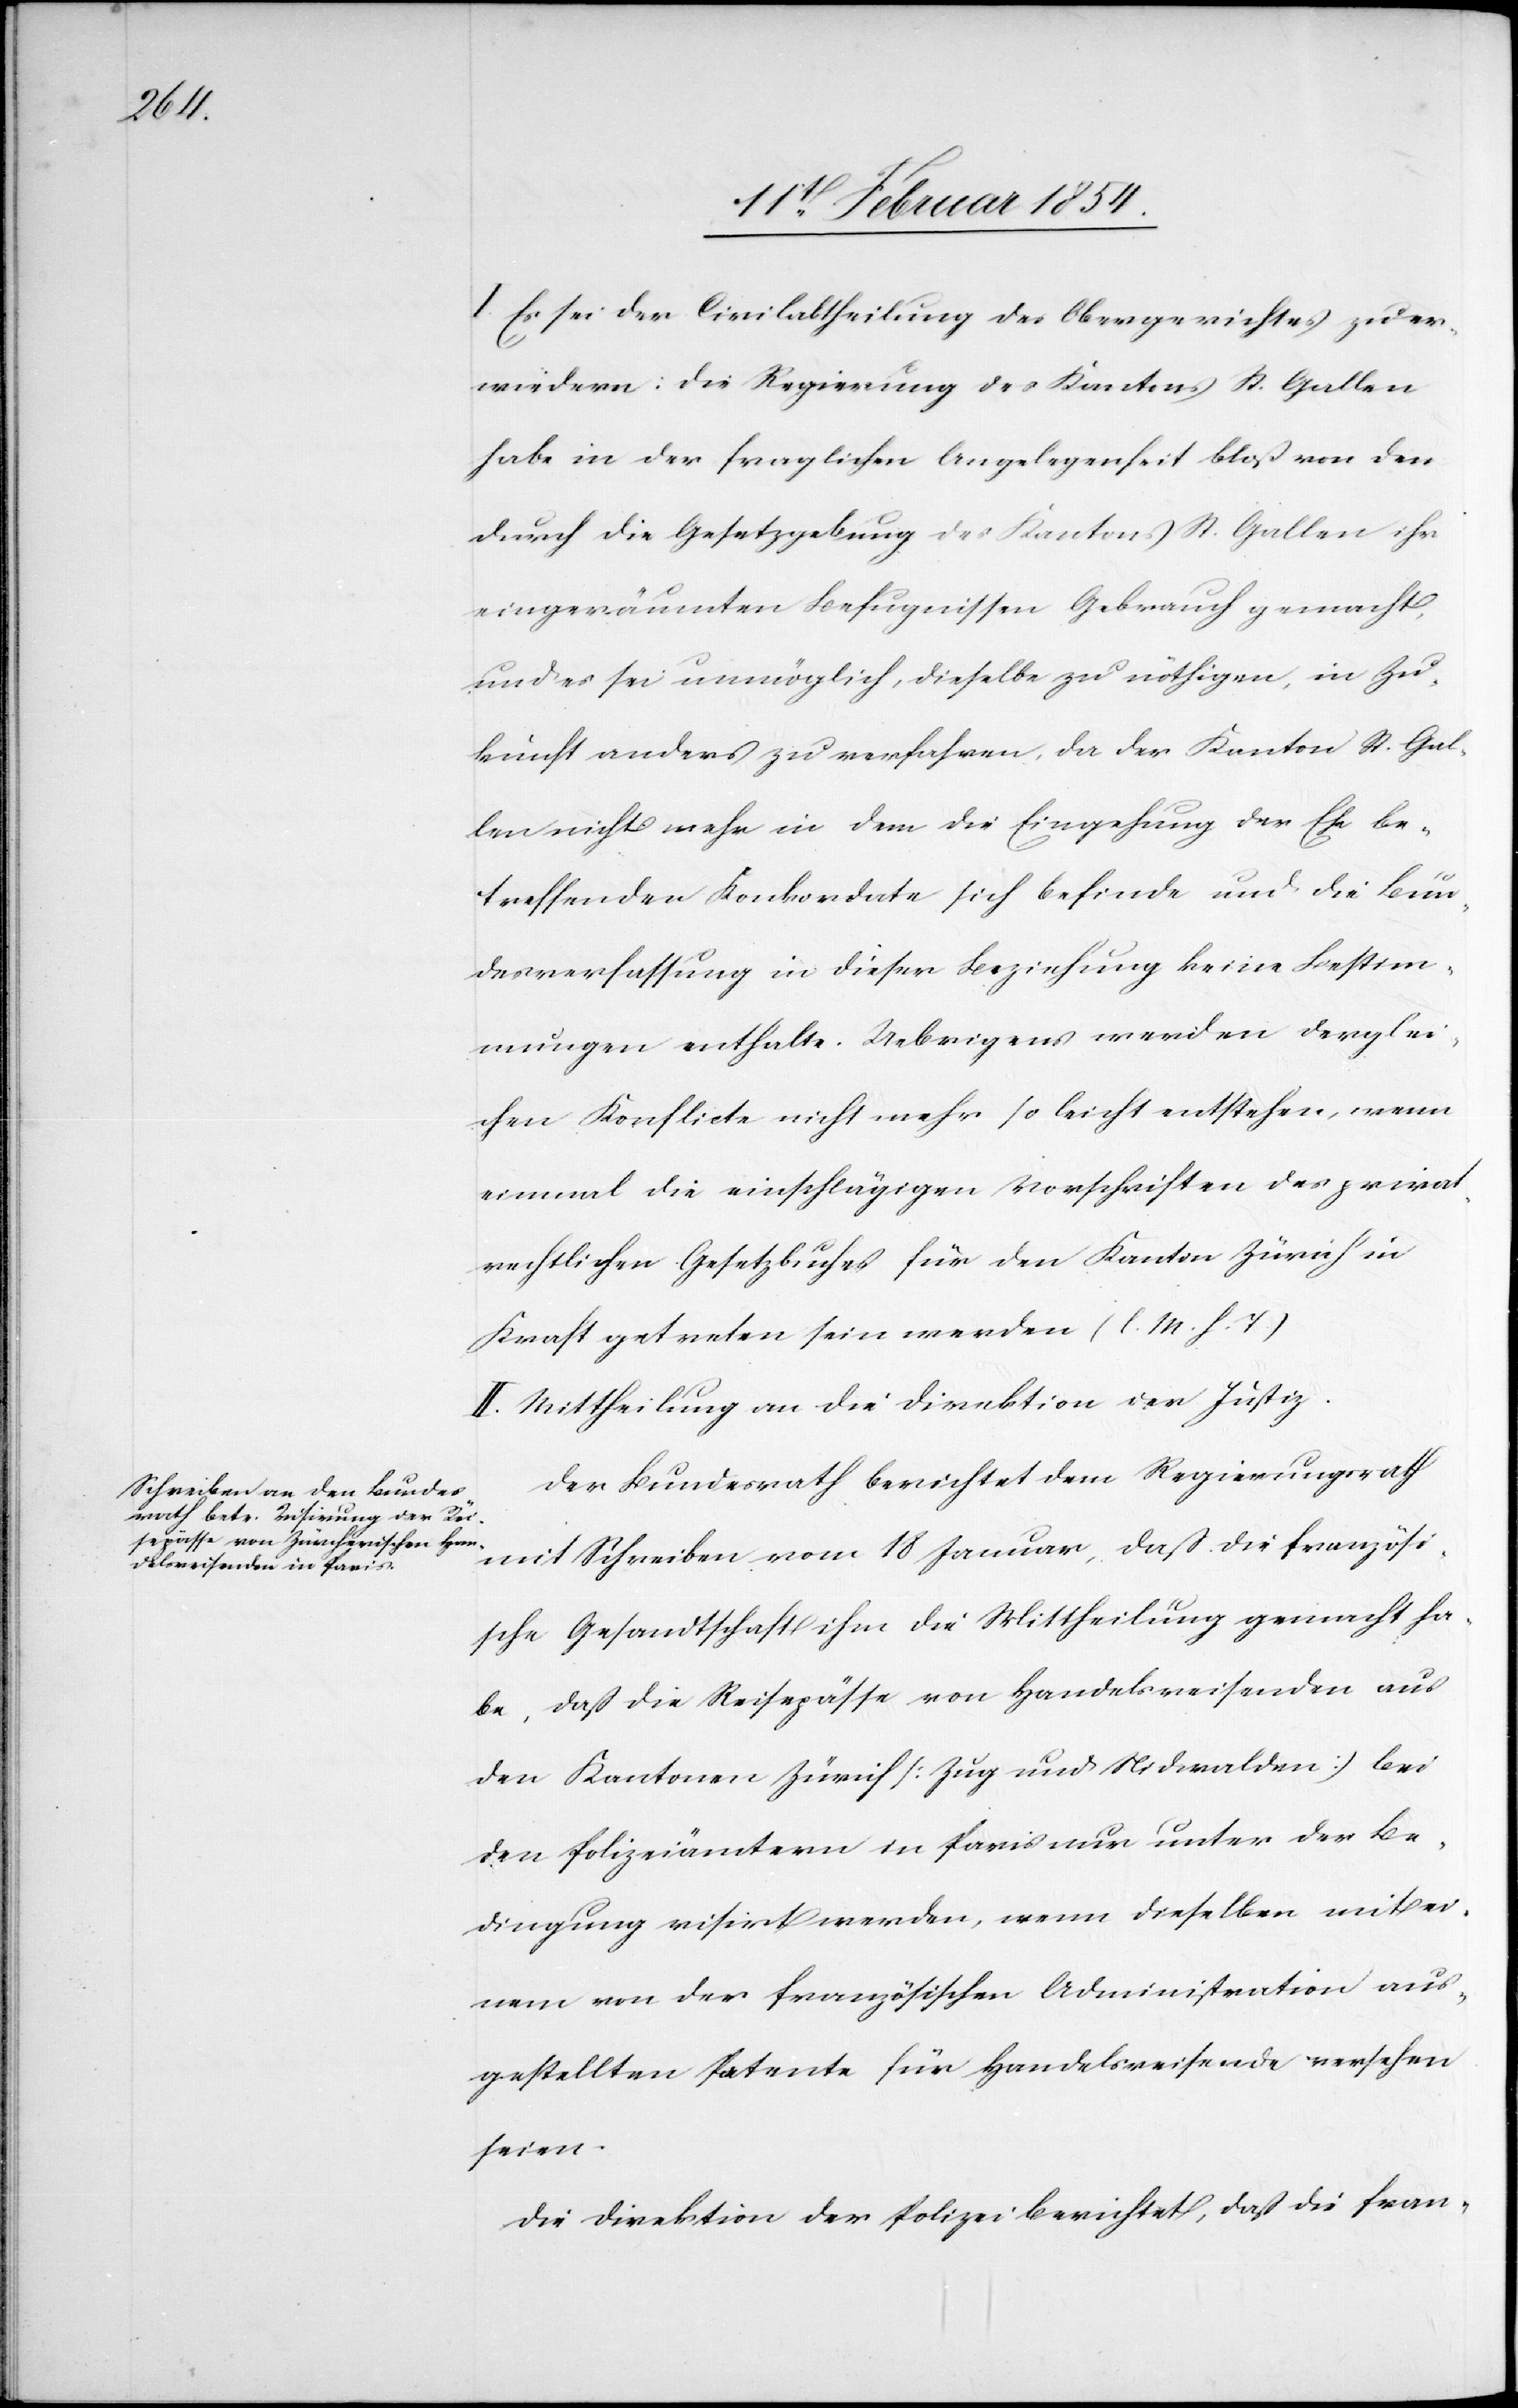
I. Es sei der Civilabtheilung des Obergerichtes zu er¬
wiedern: Die Regierung des Kantons St. Gallen
habe in der fraglichen Angelegenheit bloß von den
durch die Gesetzgebung des Kantons St. Gallen ihr
eingeräumten Befugnissen Gebrauch gemacht,
und es sei unmöglich, dieselbe zu nöthigen, in Zu¬
kunft anders zu verfahren, da der Kanton St. Gal¬
len nicht mehr in dem die Eingehung der Ehe be¬
treffenden Konkordate sich befinde und die Bun¬
desverfassung in dieser Beziehung keine Bestim¬
mungen enthalte. Uebrigens werden derglei¬
chen Konflicte nicht mehr so leicht entstehen, wenn
einmal die einschlägigen Vorschriften des privat¬
rechtlichen Gesetzbuches für den Kantons Zürich in
Kraft getreten sein werden (l. M. h. T.)
II. Mittheilung an die Direktion der Justiz.
Der Bundesrath berichtet dem Regierungsrath
mit Schreiben vom 18 Januar, daß die französi¬
sche Gesandtschaft ihm die Mittheilung gemacht ha¬
be, daß die Reisepässe von Handelsreisenden aus
den Kantonen Zürich (Zug und Nidwalden) bei
den Polizeiämtern in Paris nur unter der Be¬
dingung visirt werden, wenn dieselben mit ei¬
nem von der französischen Administration aus¬
gestellten Patente für Handelsreisende versehen
seien.
Die Direktion der Polizei berichtet, daß die fran-